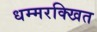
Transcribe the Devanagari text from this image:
धम्मरक्खित